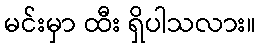
မင်းမှာ ထီး ရှိပါသလား။